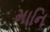
માનિ